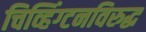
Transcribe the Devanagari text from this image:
चिव्हिंग्टनविरुद्ध